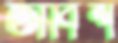
তাবিশ